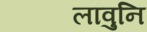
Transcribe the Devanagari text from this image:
लावुनि